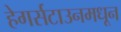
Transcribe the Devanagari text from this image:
हेगर्सटाउनमधून